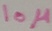
Text: 10µ